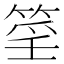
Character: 𥮍